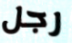
رجل